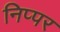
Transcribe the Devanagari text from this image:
निप्पर